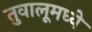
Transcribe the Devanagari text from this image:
तुवालूमध्ये